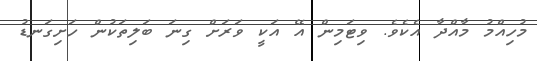
މުހިއްމު މާއްދާ އެކެވެ. ވިޓަމިން އޭ އަކީ ވަރަށް ގިނަ ބަލިތަކުން ހަށިގަނޑު